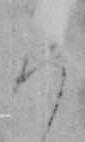
ろ